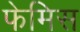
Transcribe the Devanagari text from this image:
फेमिस